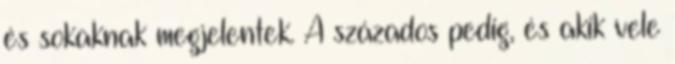
és sokaknak megjelentek. A százados pedig, és akik vele